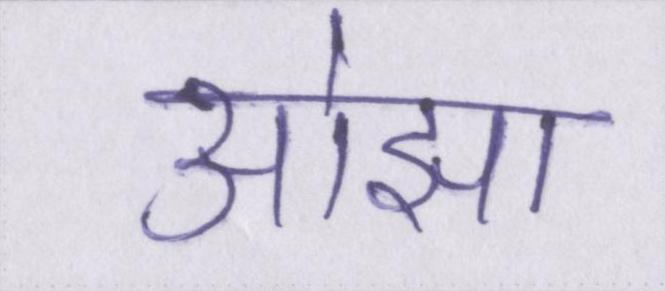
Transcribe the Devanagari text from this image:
ओझा